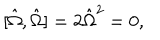
[ { \hat { \Omega } } , { \hat { \Omega } } ] = 2 { \hat { \Omega } } ^ { 2 } = 0 ,